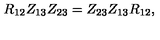
R _ { 1 2 } Z _ { 1 3 } Z _ { 2 3 } = Z _ { 2 3 } Z _ { 1 3 } R _ { 1 2 } , \quad